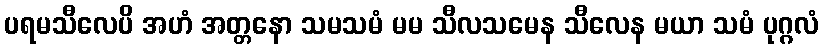
ပရမသီလေပိ အဟံ အတ္တနော သမသမံ မမ သီလသမေန သီလေန မယာ သမံ ပုဂ္ဂလံ